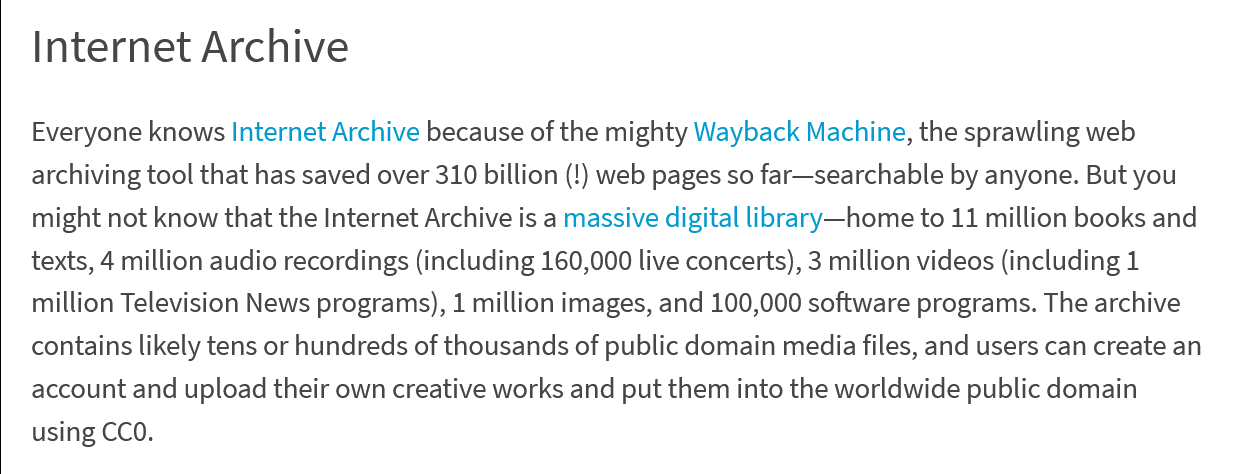
Internet    Archive
   Everyone knows Internet Archive because of the mighty Wayback Machine, the sprawling web
   archiving tool that has saved over 310 billion (!) web pages so far—searchable by anyone. But you
   might not know that the Internet Archive is a massive digital library—home to 11 million books and
   texts, 4 million audio recordings (including 160,000 live concerts), 3 million videos (including 1
   million Television News programs), 1 million images, and 100,000 software programs. The archive
   contains likely tens or hundreds of thousands of public domain media files, and users can create an
   account and upload their own creative works and put them into the worldwide public domain
   using CCO.